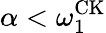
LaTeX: \alpha<\omega_{1}^{\mathrm{CK}}